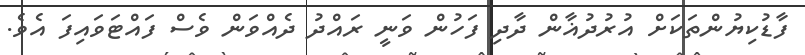
ފާޑުކިޔުންތަކަށް އުރުދުޣާން ދާދި ފަހުން ވަނީ ރައްދު ދެއްވަން ވެސް ފައްޓަވައިފަ އެވެ.